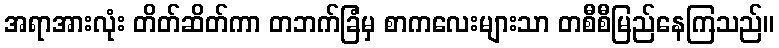
အရာအားလုံး တိတ်ဆိတ်ကာ တဘက်ခြံမှ စာကလေးများသာ တစီစီမြည်နေကြသည်။